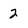
Character: 2